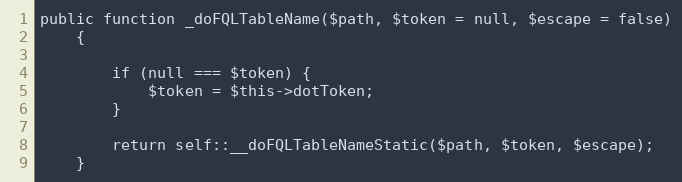
Language: PHP
public function _doFQLTableName($path, $token = null, $escape = false)
    {

        if (null === $token) {
            $token = $this->dotToken;
        }

        return self::__doFQLTableNameStatic($path, $token, $escape);
    }